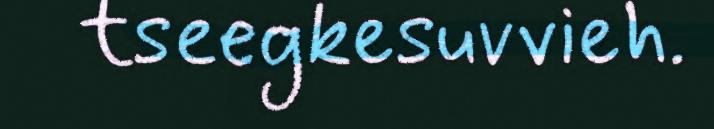
tseegkesuvvieh.